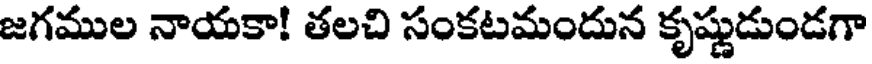
జగముల నాయకా! తలచి సంకటమందున కృష్ణుడుండగా